Source: Handwritten
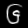
Digit: ၆ (6)